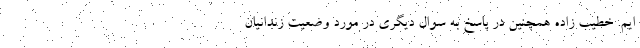
ایم. خطیب زاده همچنین در پاسخ به سوال دیگری در مورد وضعیت زندانیان